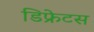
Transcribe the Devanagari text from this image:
डिफ्रेटस